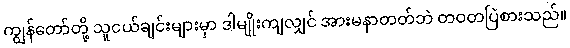
ကျွန်တော်တို့ သူငယ်ချင်းများမှာ ဒါမျိုးကျလျှင် အားမနာတတ်ဘဲ တဝတပြဲစားသည်။